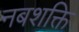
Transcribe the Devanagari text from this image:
नबशक्ति